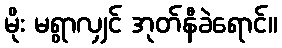
မိုး မရွာလျှင် အုတ်နီခဲရောင်။